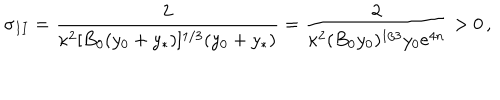
LaTeX: \sigma _ { I I } = { \frac { 2 } { \kappa ^ { 2 } [ B _ { 0 } ( y _ { 0 } + y _ { * } ) ] ^ { 1 / 3 } ( y _ { 0 } + y _ { * } ) } } = { \frac { 2 } { \kappa ^ { 2 } ( B _ { 0 } y _ { 0 } ) ^ { 1 / 3 } y _ { 0 } e ^ { 4 n } } } > 0 \, ,